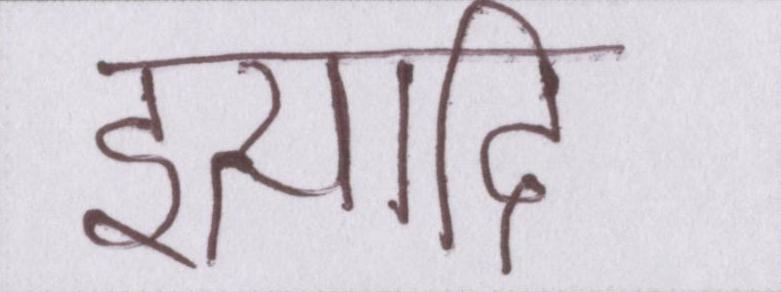
इत्यादि